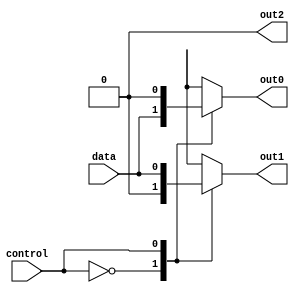
module demultiplexer(
    input wire data,
    input wire control,
    output reg out0,
    output reg out1,
    output reg out2
);

always @ (data, control)
begin
    case(control)
        2'b00: begin
            out0 = data;
            out1 = 1'b0;
            out2 = 1'b0;
        end
        2'b01: begin
            out0 = 1'b0;
            out1 = data;
            out2 = 1'b0;
        end
        2'b10: begin
            out0 = 1'b0;
            out1 = 1'b0;
            out2 = data;
        end
        default: begin
            out0 = 1'b0;
            out1 = 1'b0;
            out2 = 1'b0;
        end
    endcase
end

endmodule